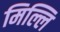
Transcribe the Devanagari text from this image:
मिल्लि